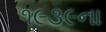
૧૯૩૯ના